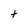
Character: t